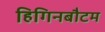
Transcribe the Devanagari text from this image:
हिगिनबौटम